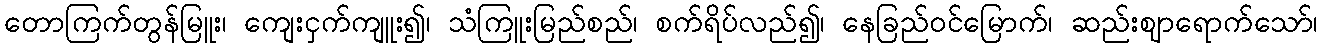
တောကြက်တွန်မြူး၊ ကျေးငှက်ကျူး၍၊ သံကြူးမြည်စည်၊ စက်ရိပ်လည်၍၊ နေခြည်ဝင်မြောက်၊ ဆည်းဈာရောက်သော်၊